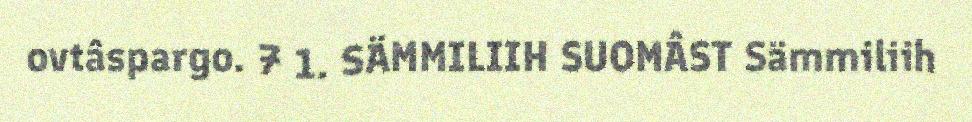
ovtâspargo. 7 1. SÄMMILIIH SUOMÂST Sämmiliih